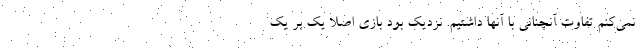
نمی‌کنم تفاوت آنچنانی با آنها داشتیم. نزدیک بود بازی اصلا یک بر یک